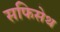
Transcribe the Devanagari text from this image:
सफिसेथ